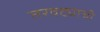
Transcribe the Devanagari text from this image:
तरवट्याची